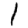
Digit: 1